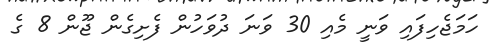
ހަމަޖެހިފައި ވަނީ މެއި 30 ވަނަ ދުވަހުން ފެށިގެން ޖޫން 8 ގެ